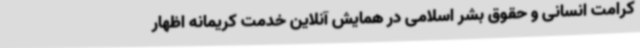
کرامت انسانی و حقوق بشر اسلامی در همایش آنلاین خدمت کریمانه اظهار